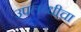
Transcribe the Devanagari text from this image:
उपलब्धीचा